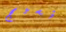
نسيج